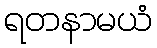
ရတနာမယံ